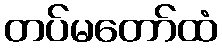
တပ်မတော်ထံ